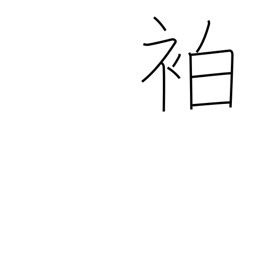
Meaning: warrior's headband